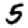
Digit: 5